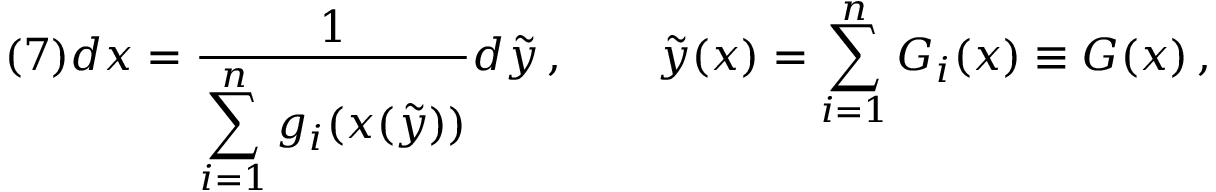
( 7 ) d x = \frac 1 { \displaystyle \sum _ { i = 1 } ^ { n } g _ { i } ( x ( \tilde { y } ) ) } d \tilde { y } \, , \qquad \tilde { y } ( x ) = \sum _ { i = 1 } ^ { n } G _ { i } ( x ) \equiv G ( x ) \, ,